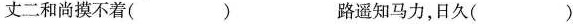
丈二和尚摸不着( ) 路遥知马力，日久( )